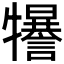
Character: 𤜈